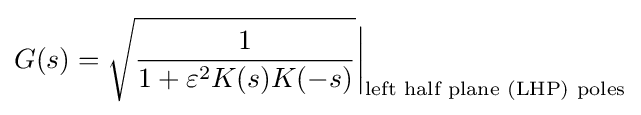
G(s)={\sqrt {\frac {1}{1+\varepsilon ^{2}K(s)K(-s)}}}{\bigg |}_{\text{left half plane (LHP) poles}}